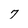
Character: 7